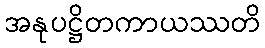
အနုပဋ္ဌိတကာယဿတိ